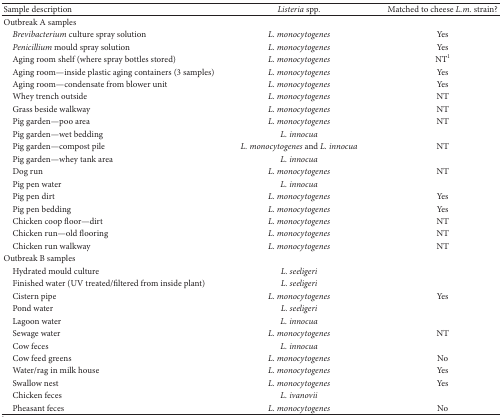
| Sample description | Listeria spp. | Matched to cheese L.m. strain? |
 | --- | --- | --- |
 | Outbreak A samples |  |  |
 | Brevibacterium culture spray solution | L. monocytogenes | Yes |
 | Penicillium mould spray solution | L. monocytogenes | Yes |
 | Aging room shelf (where spray bottles stored) | L. monocytogenes | NT1 |
 | Aging room—inside plastic aging containers (3 samples) | L. monocytogenes | Yes |
 | Aging room—condensate from blower unit | L. monocytogenes | Yes |
 | Whey trench outside | L. monocytogenes | NT |
 | Grass beside walkway | L. monocytogenes | NT |
 | Pig garden—poo area | L. monocytogenes | NT |
 | Pig garden—wet bedding | L. innocua |  |
 | Pig garden—compost pile | L. monocytogenes and L. innocua | NT |
 | Pig garden—whey tank area | L. innocua |  |
 | Dog run | L. monocytogenes | NT |
 | Pig pen water | L. innocua |  |
 | Pig pen dirt | L. monocytogenes | Yes |
 | Pig pen bedding | L. monocytogenes | Yes |
 | Chicken coop floor—dirt | L. monocytogenes | NT |
 | Chicken run—old flooring | L. monocytogenes | NT |
 | Chicken run walkway | L. monocytogenes | NT |
 | Outbreak B samples |  |  |
 | Hydrated mould culture | L. seeligeri |  |
 | Finished water (UV treated/filtered from inside plant) | L. seeligeri |  |
 | Cistern pipe | L. monocytogenes | Yes |
 | Pond water | L. seeligeri |  |
 | Lagoon water | L. innocua |  |
 | Sewage water | L. monocytogenes | NT |
 | Cow feces | L. innocua |  |
 | Cow feed greens | L. monocytogenes | No |
 | Water/rag in milk house | L. monocytogenes | Yes |
 | Swallow nest | L. monocytogenes | Yes |
 | Chicken feces | L. ivanovii |  |
 | Pheasant feces | L. monocytogenes | No |